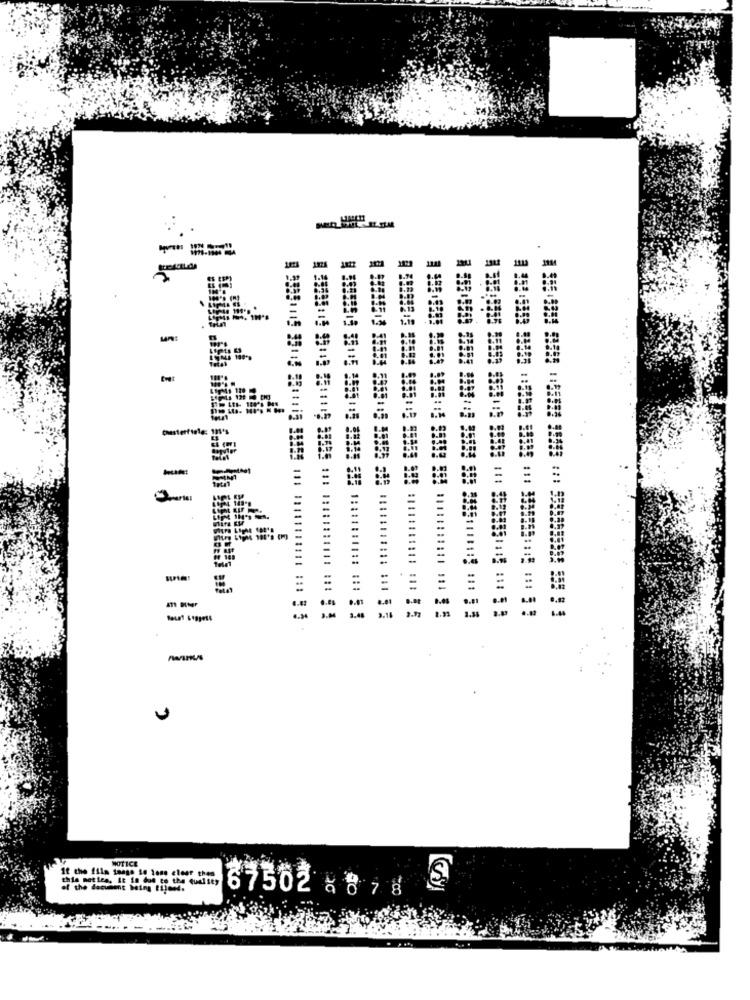
---
-
NOTICE
10 the film image in lane clear thea
this metles, It in due to the Qu
87502 20 76